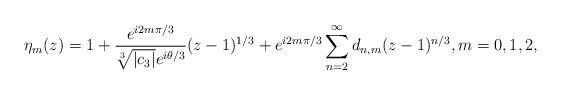
LaTeX: \begin{align*}\eta_{m}(z)=1+\frac{e^{i2m\pi/3}}{\sqrt[3]{\left|c_{3}\right|}e^{i\theta/3}}(z-1)^{1/3}+e^{i2m\pi/3}\sum_{n=2}^{\infty}d_{n,m}(z-1)^{n/3},m=0,1,2,\end{align*}